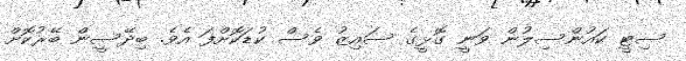
ސިޓީ ކައުންސިލުން ވަނީ ގޮޅީގެ ސައިޒު ވެސް ކުޑަކޮށްފަ އެވެ. ބިދޭސީން ބޭރުކޮށް